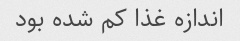
اندازه غذا کم شده بود